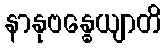
နာနုဗန္ဓေယျာတိ